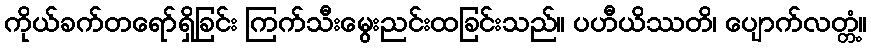
ကိုယ်ခက်တရော်ရှိခြင်း ကြက်သီးမွေးညင်းထခြင်းသည်။ ပဟီယိဿတိ၊ ပျောက်လတ္တံ့။